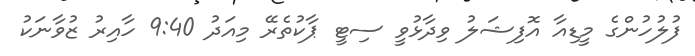
ފުލުހުންގެ މީޑިއާ އޮފިޝަލު ވިދާޅުވީ ސިޓީ ޕާކުތެރޭ މިއަދު 9:40 ހާއިރު ޒުވާނަކު